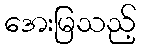
အေးမြသည့်